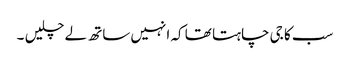
سب کا جی چاہتا تھا کہ انہیں ساتھ لے چلیں ۔